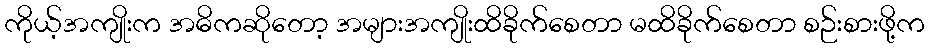
ကိုယ့်အကျိုးက အဓိကဆိုတော့ အများအကျိုးထိခိုက်စေတာ မထိခိုက်စေတာ စဉ်းစားဖို့က